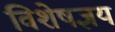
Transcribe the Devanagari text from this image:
विशेषज्ञय